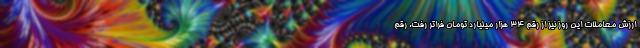
ارزش معاملات این روز نیز از رقم ۳۴ هزار میلیارد تومان فراتر رفت. رقم